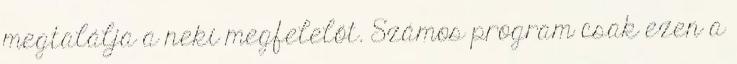
megtalálja a neki megfelelőt. Számos program csak ezen a